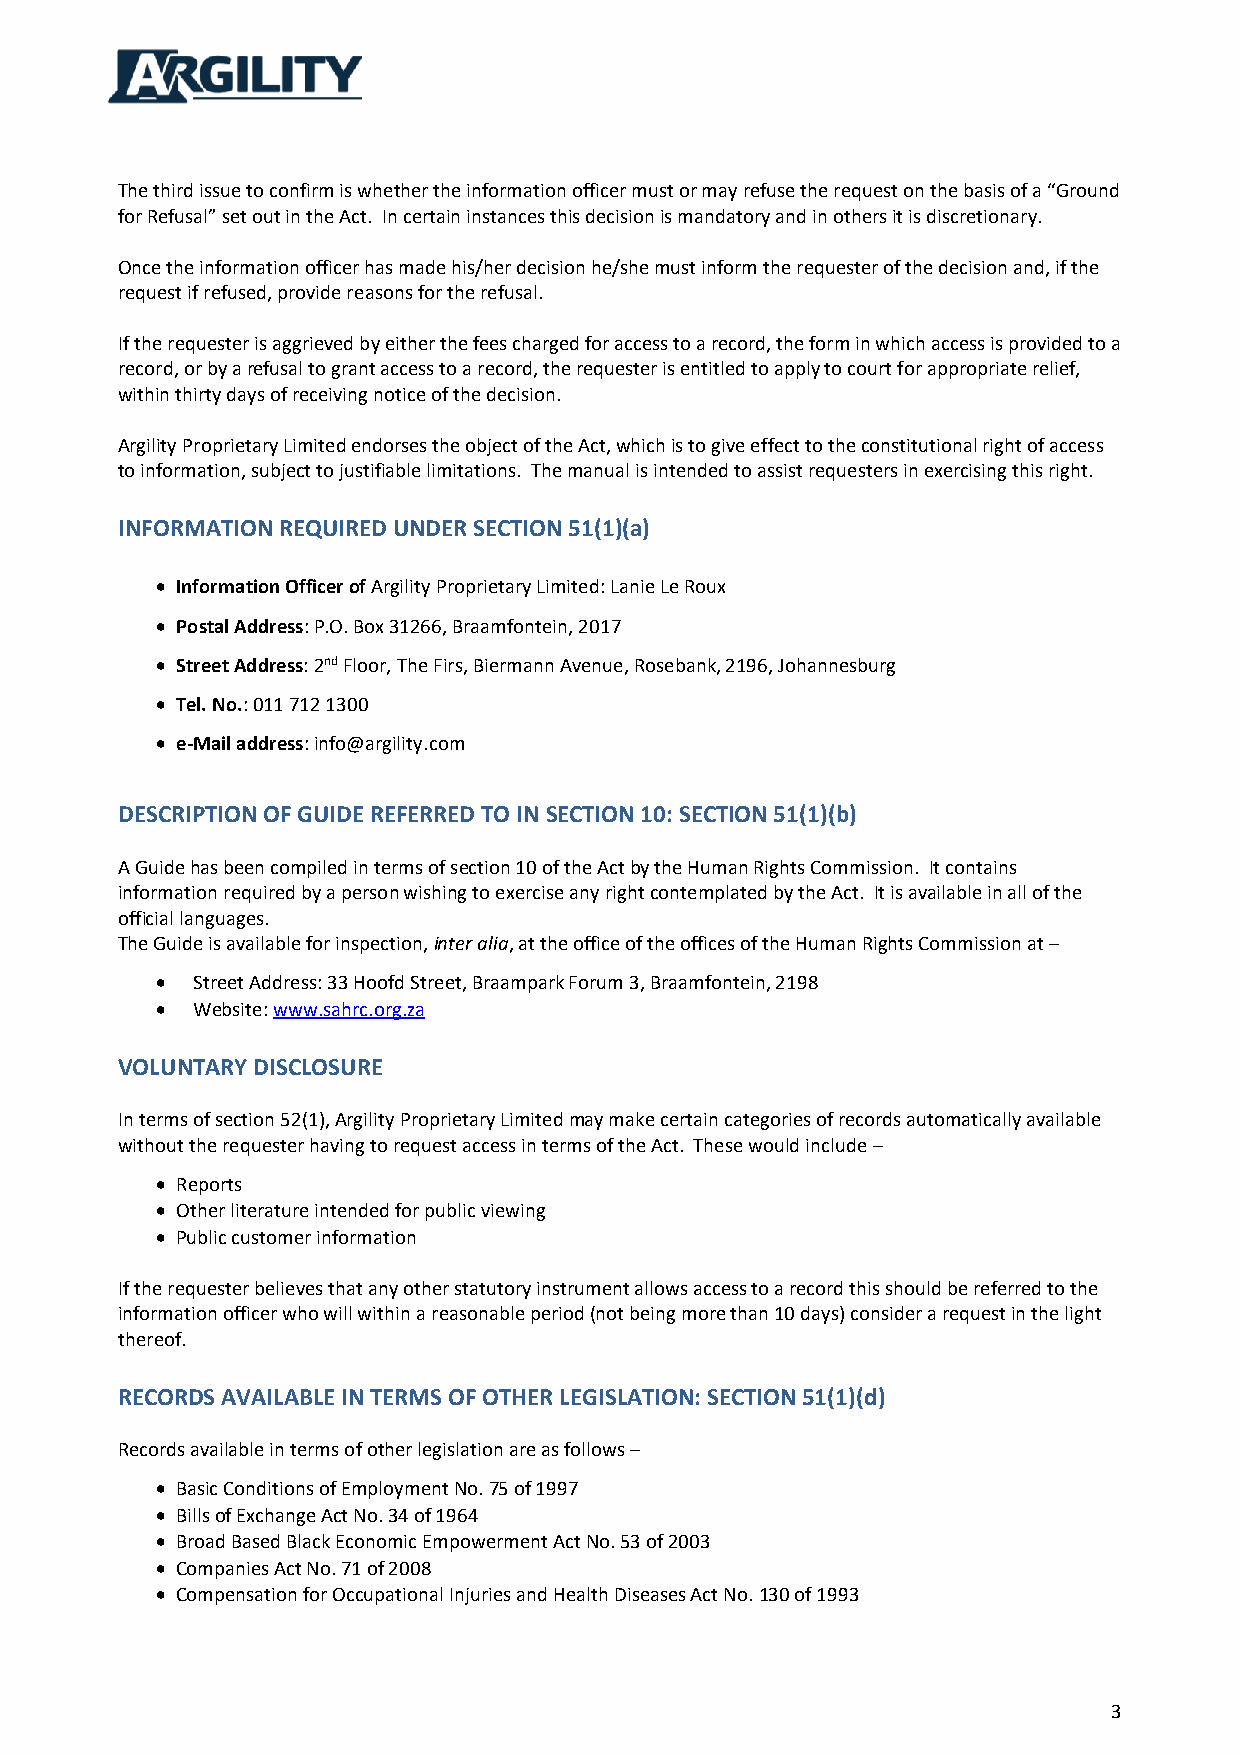
The third issue to confirm is whether the information officer must or may refuse the request on the basis of a “Ground
 for Refusal” set out in the Act. In certain instances this decision is mandatory and in others it is discretionary.
 Once the information officer has made his/her decision he/she must inform the requester of the decision and, if the
 request if refused, provide reasons for the refusal.
 If the requester is aggrieved by either the fees charged for access to a record, the form in which access is provided to a
 record, or by a refusal to grant access to a record, the requester is entitled to apply to court for appropriate relief,
 within thirty days of receiving notice of the decision.
 Argility Proprietary Limited endorses the object of the Act, which is to give effect to the constitutional right of access
 to information, subject to justifiable limitations. The manual is intended to assist requesters in exercising this right.
 INFORMATION REQUIRED UNDER SECTION 51(1)(a)
  Information Officer of Argility Proprietary Limited: Lanie Le Roux
  Postal Address: P.O. Box 31266, Braamfontein, 2017
  Street Address: 2nd Floor, The Firs, Biermann Avenue, Rosebank, 2196, Johannesburg
  Tel. No.: 011 712 1300
  e-Mail address: info@argility.com
 DESCRIPTION OF GUIDE REFERRED TO IN SECTION 10: SECTION 51(1)(b)
 A Guide has been compiled in terms of section 10 of the Act by the Human Rights Commission. It contains
 information required by a person wishing to exercise any right contemplated by the Act. It is available in all of the
 official languages.
 The Guide is available for inspection, inter alia, at the office of the offices of the Human Rights Commission at –
   Street Address: 33 Hoofd Street, Braampark Forum 3, Braamfontein, 2198
   Website: www.sahrc.org.za
 VOLUNTARY DISCLOSURE
 In terms of section 52(1), Argility Proprietary Limited may make certain categories of records automatically available
 without the requester having to request access in terms of the Act. These would include –
  Reports
  Other literature intended for public viewing
  Public customer information
 If the requester believes that any other statutory instrument allows access to a record this should be referred to the
 information officer who will within a reasonable period (not being more than 10 days) consider a request in the light
 thereof.
 RECORDS AVAILABLE IN TERMS OF OTHER LEGISLATION: SECTION 51(1)(d)
 Records available in terms of other legislation are as follows –
  Basic Conditions of Employment No. 75 of 1997
  Bills of Exchange Act No. 34 of 1964
  Broad Based Black Economic Empowerment Act No. 53 of 2003
  Companies Act No. 71 of 2008
  Compensation for Occupational Injuries and Health Diseases Act No. 130 of 1993
 3